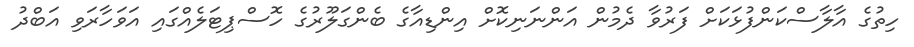
ހިތުގެ އާލާސްކަންފުޅަކަށް ފަރުވާ ދެމުން އަންނަނިކޮށް އިންޑިއާގެ ބެންގަލޫރުގެ ހޮސްޕިޓަލެއްގައި އަވަހާރަވި އަބްދު